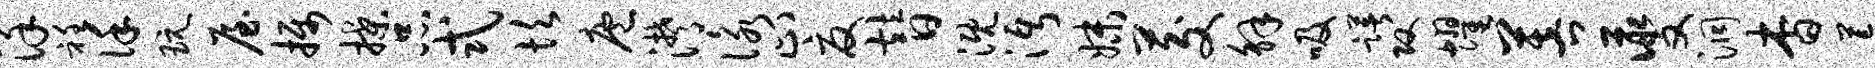
详衽谨玩屋摄揲品式坎庖潸咏止夏替溉沔妹茭解吸躇攻耀菩夔洞杳荒